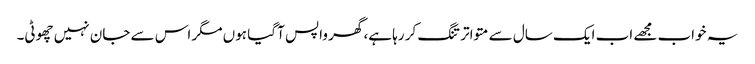
یہ خواب مجھے اب ایک سال سے متواتر تنگ کر رہا ہے، گھر واپس آ گیا ہوں مگر اس سے جان نہیں چھوٹی۔